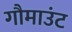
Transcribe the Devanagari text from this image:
गौमाउंट